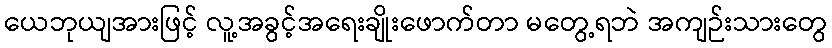
ယေဘုယျအားဖြင့် လူ့အခွင့်အရေးချိုးဖောက်တာ မတွေ့ရဘဲ အကျဉ်းသားတွေ